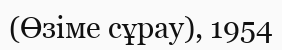
(Өзіме сұрау), 1954